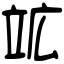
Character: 䇊